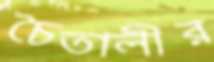
চৈতালীর